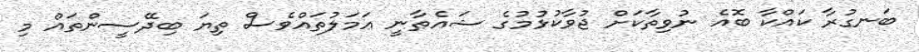
ބަނގުރާ ކައްކާ ބޮއެ ނުވިތާކަށް ޖުވާކުޅުމުގެ ޝައެޠާނީ ޢަމަލުތައްވެސް ތިޔަ ބިދޭސީންތައް މި